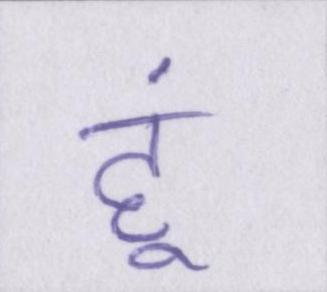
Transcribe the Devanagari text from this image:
हूं